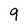
Character: 9